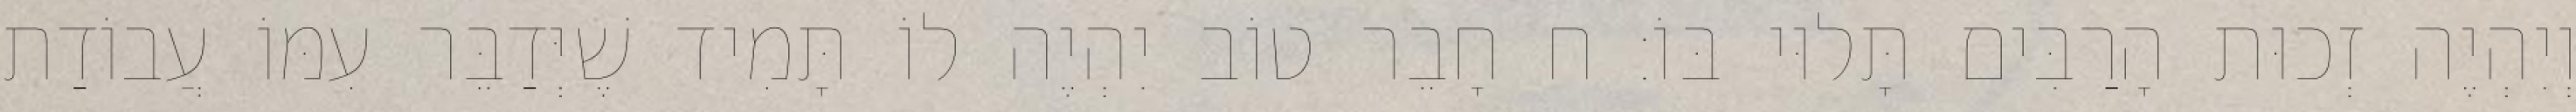
וְיִהְיֶה זְכוּת הָרַבִּים תָּלוּי בּוֹ: ח חָבֵר טוֹב יִהְיֶה לוֹ תָּמִיד שֶׁיְּדַבֵּר עִמּוֹ עֲבוֹדַת